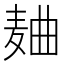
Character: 𱋐